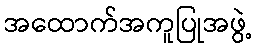
အထောက်အကူပြုအဖွဲ့